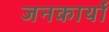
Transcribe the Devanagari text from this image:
जनकार्यों